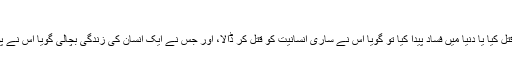
(المائدۃ: ۳۲)
جس نے کسی انسان کو بلاوجہ قتل کیا یا دنیا میں فساد پیدا کیا تو گویا اس نے ساری انسانیت کو قتل کر ڈالا، اور جس نے ایک انسان کی زندگی بچالی گویا اس نے پوری انسانیت کی زندگی بچا لی۔